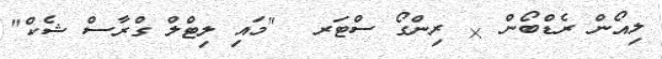
ލިއޯން ރެޑްބޯން & ރިންގޯ ސްޓަރ  "މައި ލިޓްލް ގްރާސް ޝެކް"